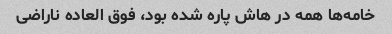
خامه‌ها همه در هاش پاره شده بود، فوق العاده ناراضی